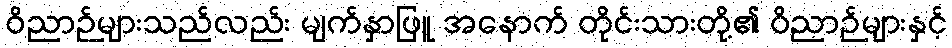
ဝိညာဉ်များသည်လည်း မျက်နှာဖြူ အနောက် တိုင်းသားတို့၏ ဝိညာဉ်များနှင့်